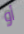
أو